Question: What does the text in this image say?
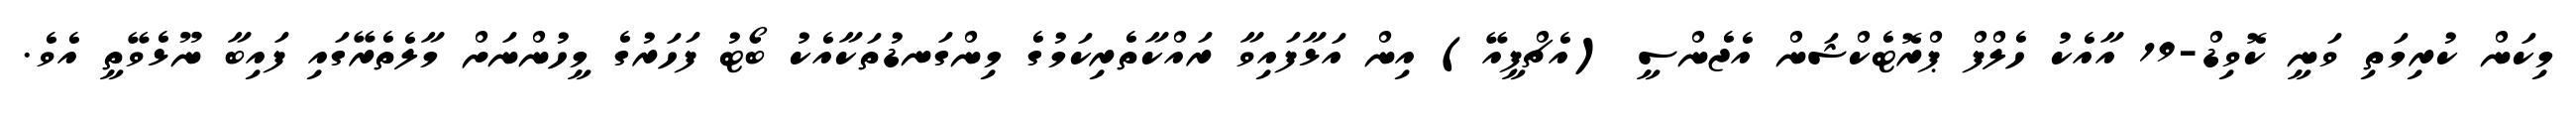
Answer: މިކަން ކުރިމަތި ވަނީ ކޮވިޑް-19 އާއެކު ހެލްފް ޕްރޮޓެކްޝަން އެޖެންސީ (އެޗްޕީއޭ) އިން އަޅާފައިވާ ރައްކާތެރިކަމުގެ މިންގަނޑުތަކާއެކު ބޯޓު ފަހަރުގެ މީހުންނަށް މާލެތެރޭގައި ފައިބާ ނޫޅެވޭތީ އެވެ.